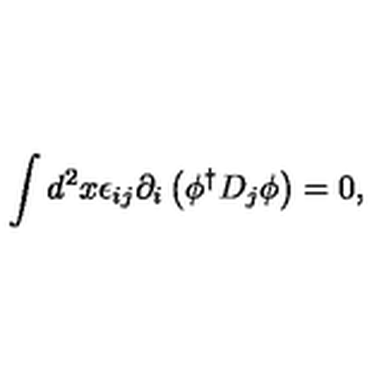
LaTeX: \int d ^ { 2 } x \epsilon _ { i j } \partial _ { i } \left( \phi ^ { \dagger } D _ { j } \phi \right) = 0 ,